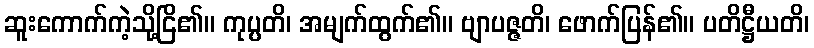
ဆူးကောက်ကဲ့သို့ငြိ၏။ ကုပ္ပတိ၊ အမျက်ထွက်၏။ ဗျာပဇ္ဇတိ၊ ဖောက်ပြန်၏။ ပတိဋ္ဌီယတိ၊